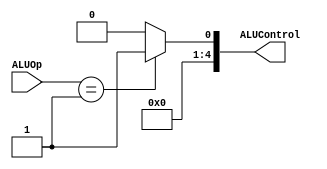
`timescale 1ns / 1ps
//////////////////////////////////////////////////////////////////////////////////
// Company: 
// Engineer: 
// 
// Design Name: 
// Module Name:    alu_decoder 
// Project Name: 
// Target Devices: 
// Tool versions: 
// Description: 
//
// Dependencies: 
//
// Revision: 
// Revision 0.01 - File Created
// Additional Comments: 
//
//////////////////////////////////////////////////////////////////////////////////
module alu_decoder(
	input [1:0]ALUOp,
	output reg [4:0]ALUControl
);

	always @ (*)
	begin
		if(ALUOp == 2'b01)
		begin
			ALUControl = 5'h1;
		end
		else
		begin
			ALUControl = 5'h0;
		end
	end


endmodule